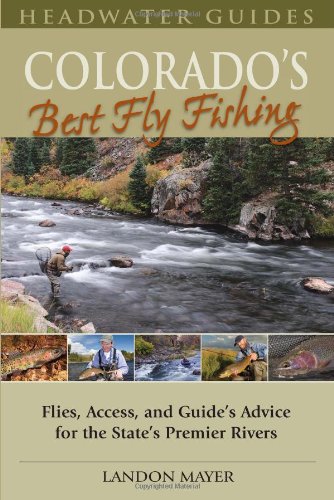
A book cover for Colorado's Best Fly Fishing: Flies, Access, and Guide's Advice for the State's Premier Rivers (Headwater Guides); Landon R. Mayer; Sports & Outdoors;